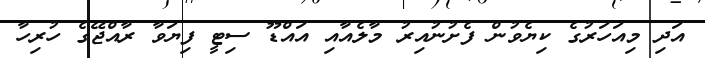
އަދި މިއަހަރުގެ ކިޔެވުން ފެށުނުއިރު މާލެއާއި އައްޑޫ ސިޓީ ފިޔަވާ ރާއްޖޭގެ ހުރިހާ